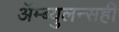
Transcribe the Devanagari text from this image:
ॲम्ब्युलन्सही